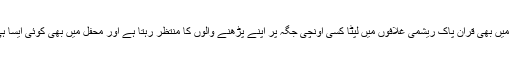
اب ہمارے گھروں میں بھی قران پاک ریشمی غلافوں میں لپٹا کسی اونچی جگہ پر اپنے پڑھنے والوں کا منتظر رہتا ہے اور محفل میں بھی کوئی ایسا ہی حال لگ رہا ہے۔